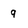
Character: q